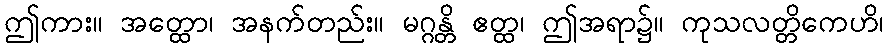
ဤကား။ အတ္ထော၊ အနက်တည်း။ မဂ္ဂန္တိ ဧတ္ထ၊ ဤအရာ၌။ ကုသလတ္တိကေဟိ၊